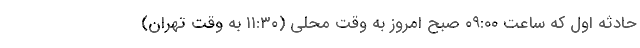
حادثه اول که ساعت ۰۹:۰۰ صبح امروز به وقت محلی (۱۱:۳۰ به وقت تهران)